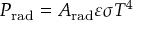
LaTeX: P _ { \mathrm { { r a d } } } = A _ { \mathrm { { r a d } } } \varepsilon \sigma T ^ { 4 }